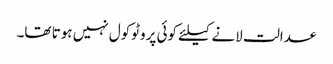
عدالت لانے کیلئے کوئی پروٹوکول نہیں ہوتا تھا۔